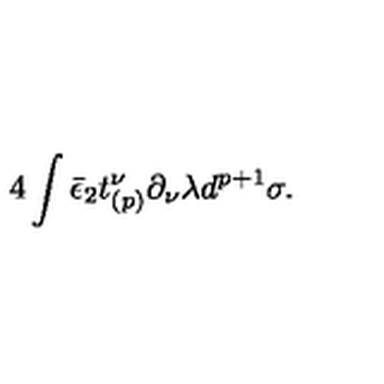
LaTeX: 4 \int \bar { \epsilon } _ { 2 } t _ { ( p ) } ^ { \nu } \partial _ { \nu } \lambda d ^ { p + 1 } \sigma .